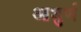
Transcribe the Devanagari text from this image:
आधुर्ण